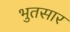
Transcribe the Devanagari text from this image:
भुतसार